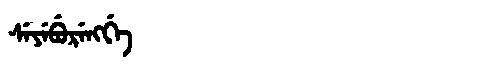
Manchu: ᠰᡝᠶᡝᠪᡠᡵᡝᠩᡤᡝ
Romanization: SEYEBURENGGE